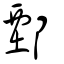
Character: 鄄